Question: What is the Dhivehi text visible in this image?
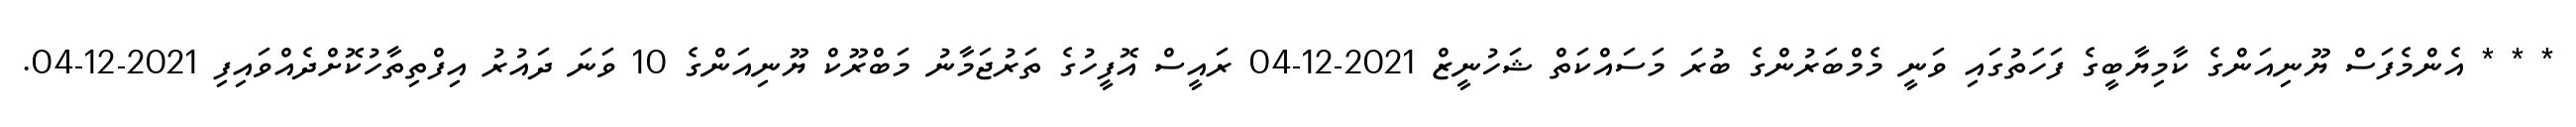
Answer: * * * އެންމެފަސް ޔޫނިއަންގެ ކާމިޔާބީގެ ފަހަތުގައި ވަނީ މެމްބަރުންގެ ބުރަ މަސައްކަތް ޝަހުނީޒް 2021-12-04 ރައީސް އޮފީހުގެ ތަރުޖަމާނު މަބްރޫކް ޔޫނިއަންގެ 10 ވަނަ ދައުރު އިފްތިތާހުކޮށްދެއްވައިފި 2021-12-04.